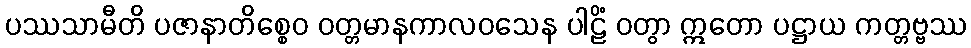
ပဿသာမီတိ ပဇာနာတိစ္စေဝ ဝတ္တမာနကာလဝသေန ပါဠိံ ဝတွာ ဣတော ပဋ္ဌာယ ကတ္တဗ္ဗဿ